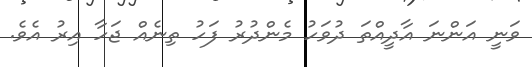
ވަނީ އަންނަ އާދީއްތަ ދުވަހު މެންދުރު ފަހު ތިނެއް ޖަހާ އިރު އެވެ.